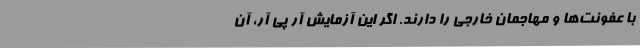
با عفونت‌ها و مهاجمان خارجی را دارند. اگر این آزمایش آر پی آر، آن